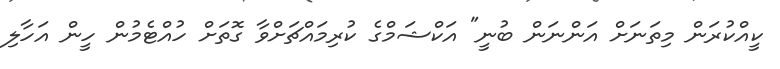
ކީއްކުރަން މިތަނަށް އަންނަން ބުނީ" އަކްޝަމްގެ ކުރިމައްޗަށްވާ ގޮތަށް ހުއްޓެމުން ހީން އަހާލި